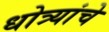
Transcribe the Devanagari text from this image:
धोत्र्यांचे